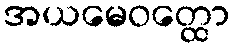
အယမေဝတ္ထော